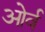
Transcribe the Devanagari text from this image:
ओर्व